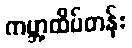
ကမ္ဘာ့ထိပ်တန်း